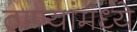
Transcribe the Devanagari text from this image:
ठाण्यांमध्ये